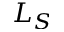
L _ { S }